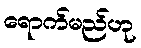
ရောက်မည်ဟု